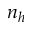
n _ { h }